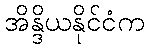
အိန္ဒိယနိုင်ငံက